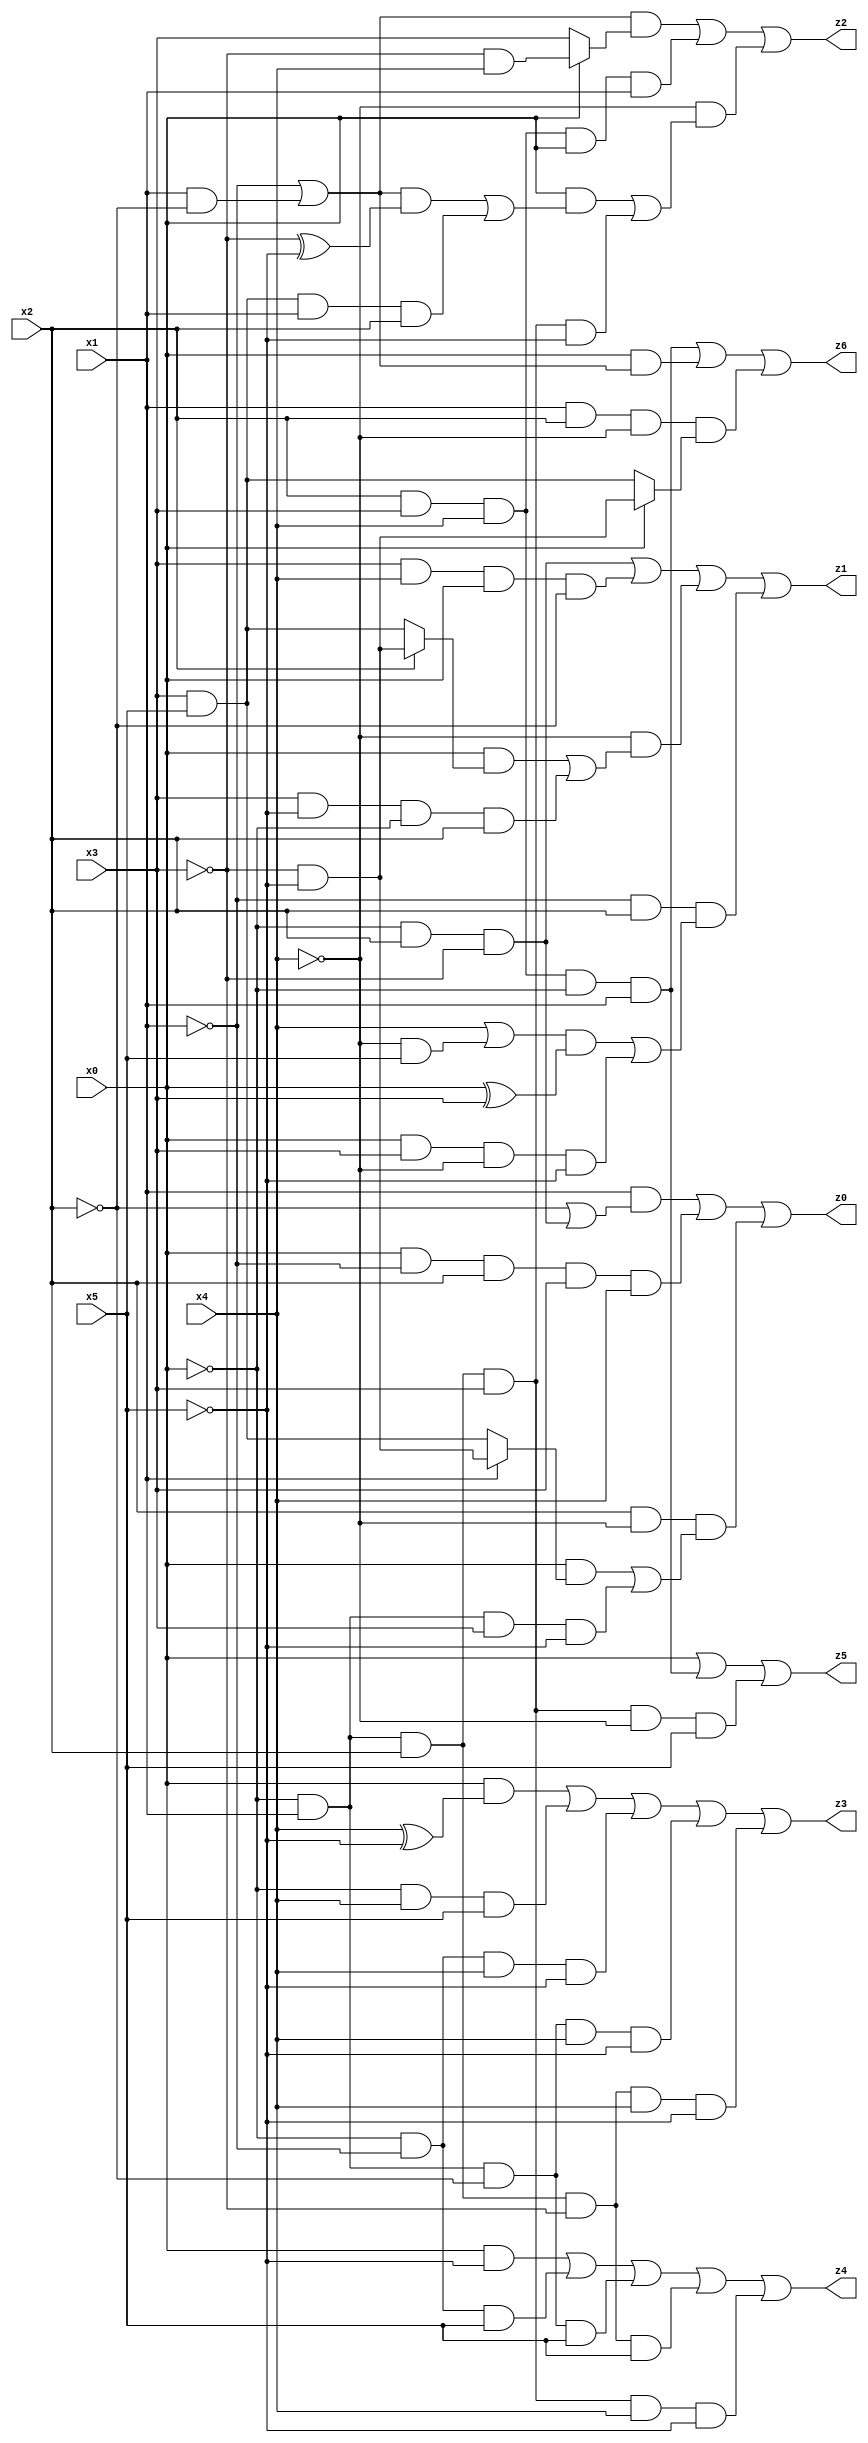
// Benchmark "X_6" written by ABC on Wed Jun 07 15:52:23 2023

module X_20 ( 
    x0, x1, x2, x3, x4, x5,
    z0, z1, z2, z3, z4, z5, z6  );
  input  x0, x1, x2, x3, x4, x5;
  output z0, z1, z2, z3, z4, z5, z6;
  assign z0 = (x1 & (~x2 | (~x0 & x2 & ~x3))) | (x0 & ~x1 & x2 & x3 & x4) | (x2 & ~x4 & ((x0 & (x1 ? (~x3 & ~x5) : (x3 & x5))) | (~x0 & x1 & x3 & ~x5)));
  assign z1 = (~x0 & x2 & ~x3) | (x3 & x4 & x0 & ~x2) | (~x4 & ((x0 & (x2 ? (~x3 & ~x5) : (x3 & x5))) | (x3 & ~x5 & ~x0 & x2))) | (~x1 & x2 & (((x4 | (~x4 & x5)) & (x0 ^ x3)) | (x0 & x3 & ~x4 & ~x5)));
  assign z2 = ((~x1 | (x1 & ~x2)) & (x0 ? (~x3 & x4) : x3)) | (x2 & x3 & x4 & x0 & x1) | (~x4 & ((x0 & (((~x1 | (x1 & ~x2)) & (~x3 ^ ~x5)) | (x3 & x5 & x1 & x2))) | (~x0 & x1 & x2 & x3 & ~x5)));
  assign z3 = (x0 & (x4 ^ ~x5)) | (~x0 & x4 & x5) | (~x0 & ~x1 & x4 & ~x5) | (~x0 & x1 & ~x2 & x4 & ~x5) | (~x0 & x1 & x2 & ~x3 & x4 & ~x5);
  assign z4 = (x0 & ~x5) | (~x0 & ~x1 & x5) | (~x0 & x1 & ~x2 & x5) | (~x0 & x1 & x2 & ~x3 & x5) | (~x0 & x1 & x2 & x3 & x4 & ~x5);
  assign z5 = x0 | (x2 & x3 & x4 & ~x0 & x1) | (~x0 & x1 & x2 & x3 & ~x4 & x5);
  assign z6 = (x2 & x3 & x4 & ~x0 & x1) | (x0 & (~x1 | (x1 & ~x2))) | (x1 & x2 & ~x4 & (x0 ? (~x3 & ~x5) : (x3 & x5)));
endmodule